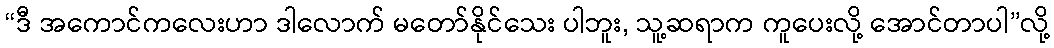
“ဒီ အကောင်ကလေးဟာ ဒါလောက် မတော်နိုင်သေး ပါဘူး, သူ့ဆရာက ကူပေးလို့ အောင်တာပါ”လို့